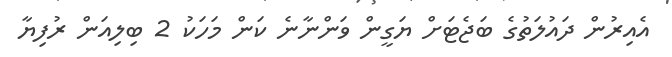
އެއިރުން ދައުލަތުގެ ބަޖެޓަށް ޔަގީން ވަންނާނެ ކަން މަހަކު 2 ބިލިއަން ރުފިޔާ